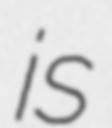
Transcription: is